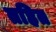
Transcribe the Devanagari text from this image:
तहित